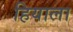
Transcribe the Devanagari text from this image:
हियाला